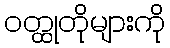
ဝတ္ထုတိုများကို